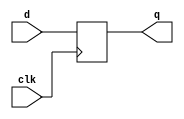
module D_FF(q,d,clk);
  output q;
  input d,clk;
  reg q;
  always @(posedge clk)
          q<= d;
endmodule